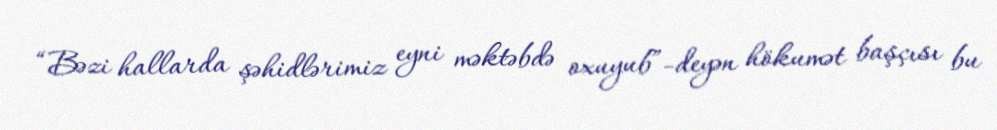
“Bəzi hallarda şəhidlərimiz eyni məktəbdə oxuyub”-deyən hökumət başçısı bu